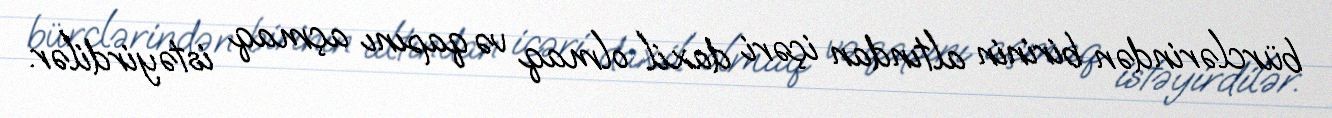
bürclərindən birinin altından içəri daxil olmaq və qapını açmaq istəyirdilər.